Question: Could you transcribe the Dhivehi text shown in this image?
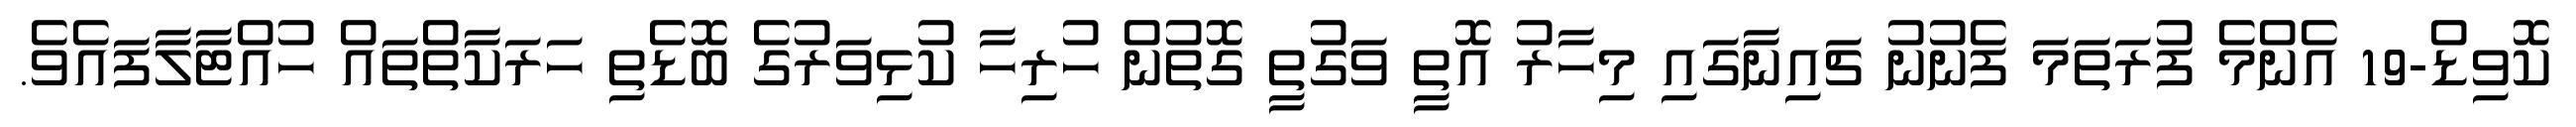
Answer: ކޮވިޑް-19 އެންމެ ފުރަތަމަ ފެނުނު ޗައިނާގައި މިހާރު އޮތީ ވަގުތީ ގޮތުން ހުރިހާ ކުޅިވަރުގެ ބޮޑެތި ހަރަކާތްތައް ހުއްޓާލާފައެވެ.